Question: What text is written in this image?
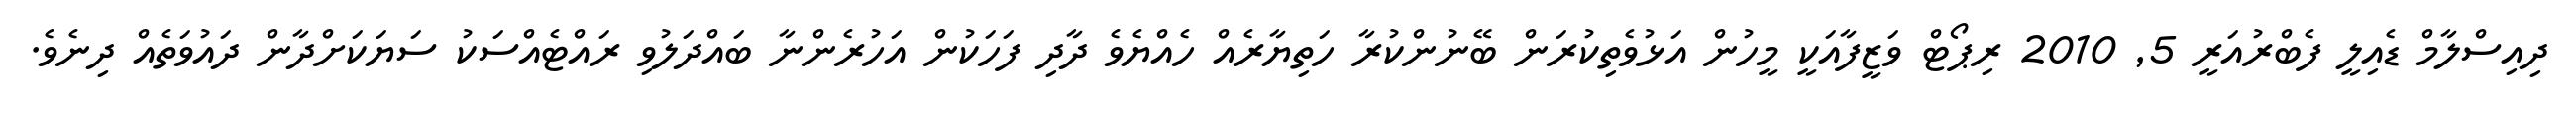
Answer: ދިއިސްލާމް ޑެއިލީ ފެބްރުއަރީ 5, 2010 ރިޕޯޓް ވަޒީފާއަކީ މީހުން އަޅުވެތިކުރަން ބޭނުންކުރާ ހަތިޔާރެއް ހެއްޔެވެ ދާދި ފަހަކުން އަހުރެންނާ ބައްދަލުވި ރައްޓެއްސަކު ސަޔަކަށްދާން ދައުވަތެއް ދިނެވެ.